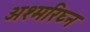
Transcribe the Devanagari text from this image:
अश्मरिघ्न